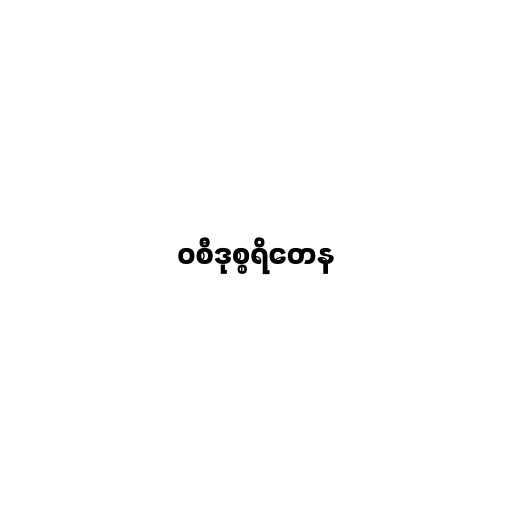
ဝစီဒုစ္စရိတေန